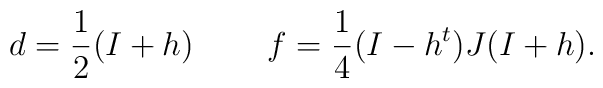
d = \frac{1}{2} (I+h) \;\;\;\;\;\;\;\; f = \frac{1}{4} (I-h^t) J (I+h).